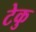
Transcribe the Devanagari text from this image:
टेकु